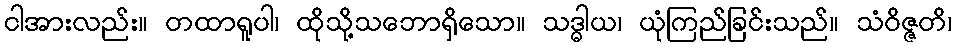
ငါအားလည်း။ တထာရူပါ၊ ထိုသို့သဘောရှိသော။ သဒ္ဓါယ၊ ယုံကြည်ခြင်းသည်။ သံဝိဇ္ဇတိ၊